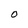
Character: O